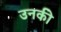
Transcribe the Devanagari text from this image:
उनकीे